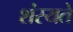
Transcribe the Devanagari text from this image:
शंस्यते